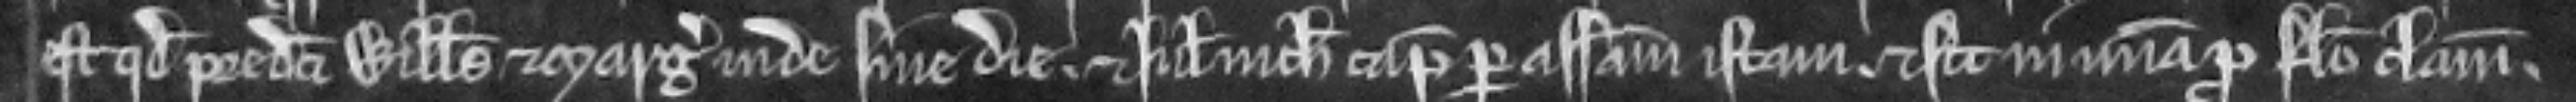
est quod predicti Willelmus et Margeria inde sine die et Juliana nichil capiat per assisam istam et sit in misericordia pro falso clamore.